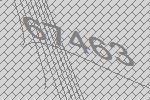
67463